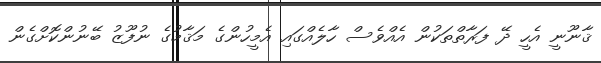
ޤާނޫނީ އެހީ ދޭ ފަރާތްތަކުން އެއްވެސް ހާލެއްގައި އެމީހުންގެ މަޤާމުގެ ނުފޫޒު ބޭނުންކޮށްގެން